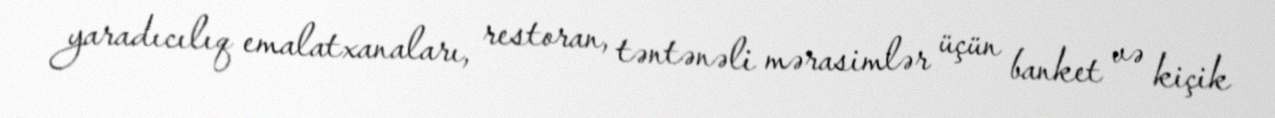
yaradıcılıq emalatxanaları, restoran, təntənəli mərasimlər üçün banket və kiçik